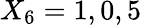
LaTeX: X_{6}=1,0,5